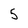
Character: 5